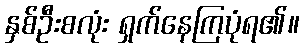
နှစ်ဦးစလုံး ရှက်နေကြပုံရ၏။